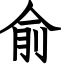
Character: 俞